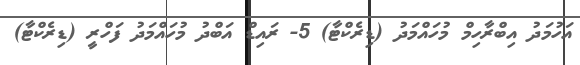
އަހުމަދު އިބްރާހިމް މުހައްމަދު (ޑިރެކްޓާ) 5- ރައިޑް އަބްދު މުހައްމަދު ފަހްރީ (ޑިރެކްޓާ)